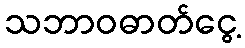
သဘာဝဓာတ်ငွေ့